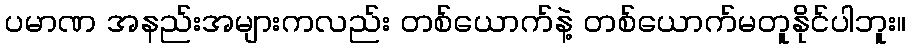
ပမာဏ အနည်းအများကလည်း တစ်ယောက်နဲ့ တစ်ယောက်မတူနိုင်ပါဘူး။